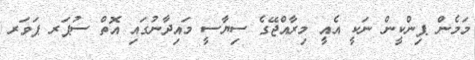
މަމެން ޕިންކީން ނަކީ އެއީ މިރާއްޖޭގެ ސިޔާސީ މައިދާނުގައި އޮތް ސުޕަރ ޕަވަރ